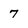
Character: 7